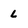
Character: L